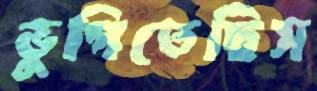
ভুগিতেছিস